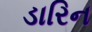
ડારિન